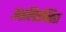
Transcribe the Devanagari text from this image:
उप्सलिएन्सिस